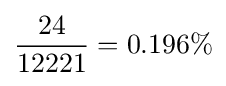
{24 \over 12221}=0.196\%